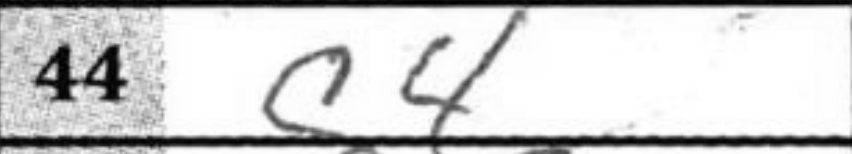
Transcription: c4